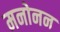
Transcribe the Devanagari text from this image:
मनोनन